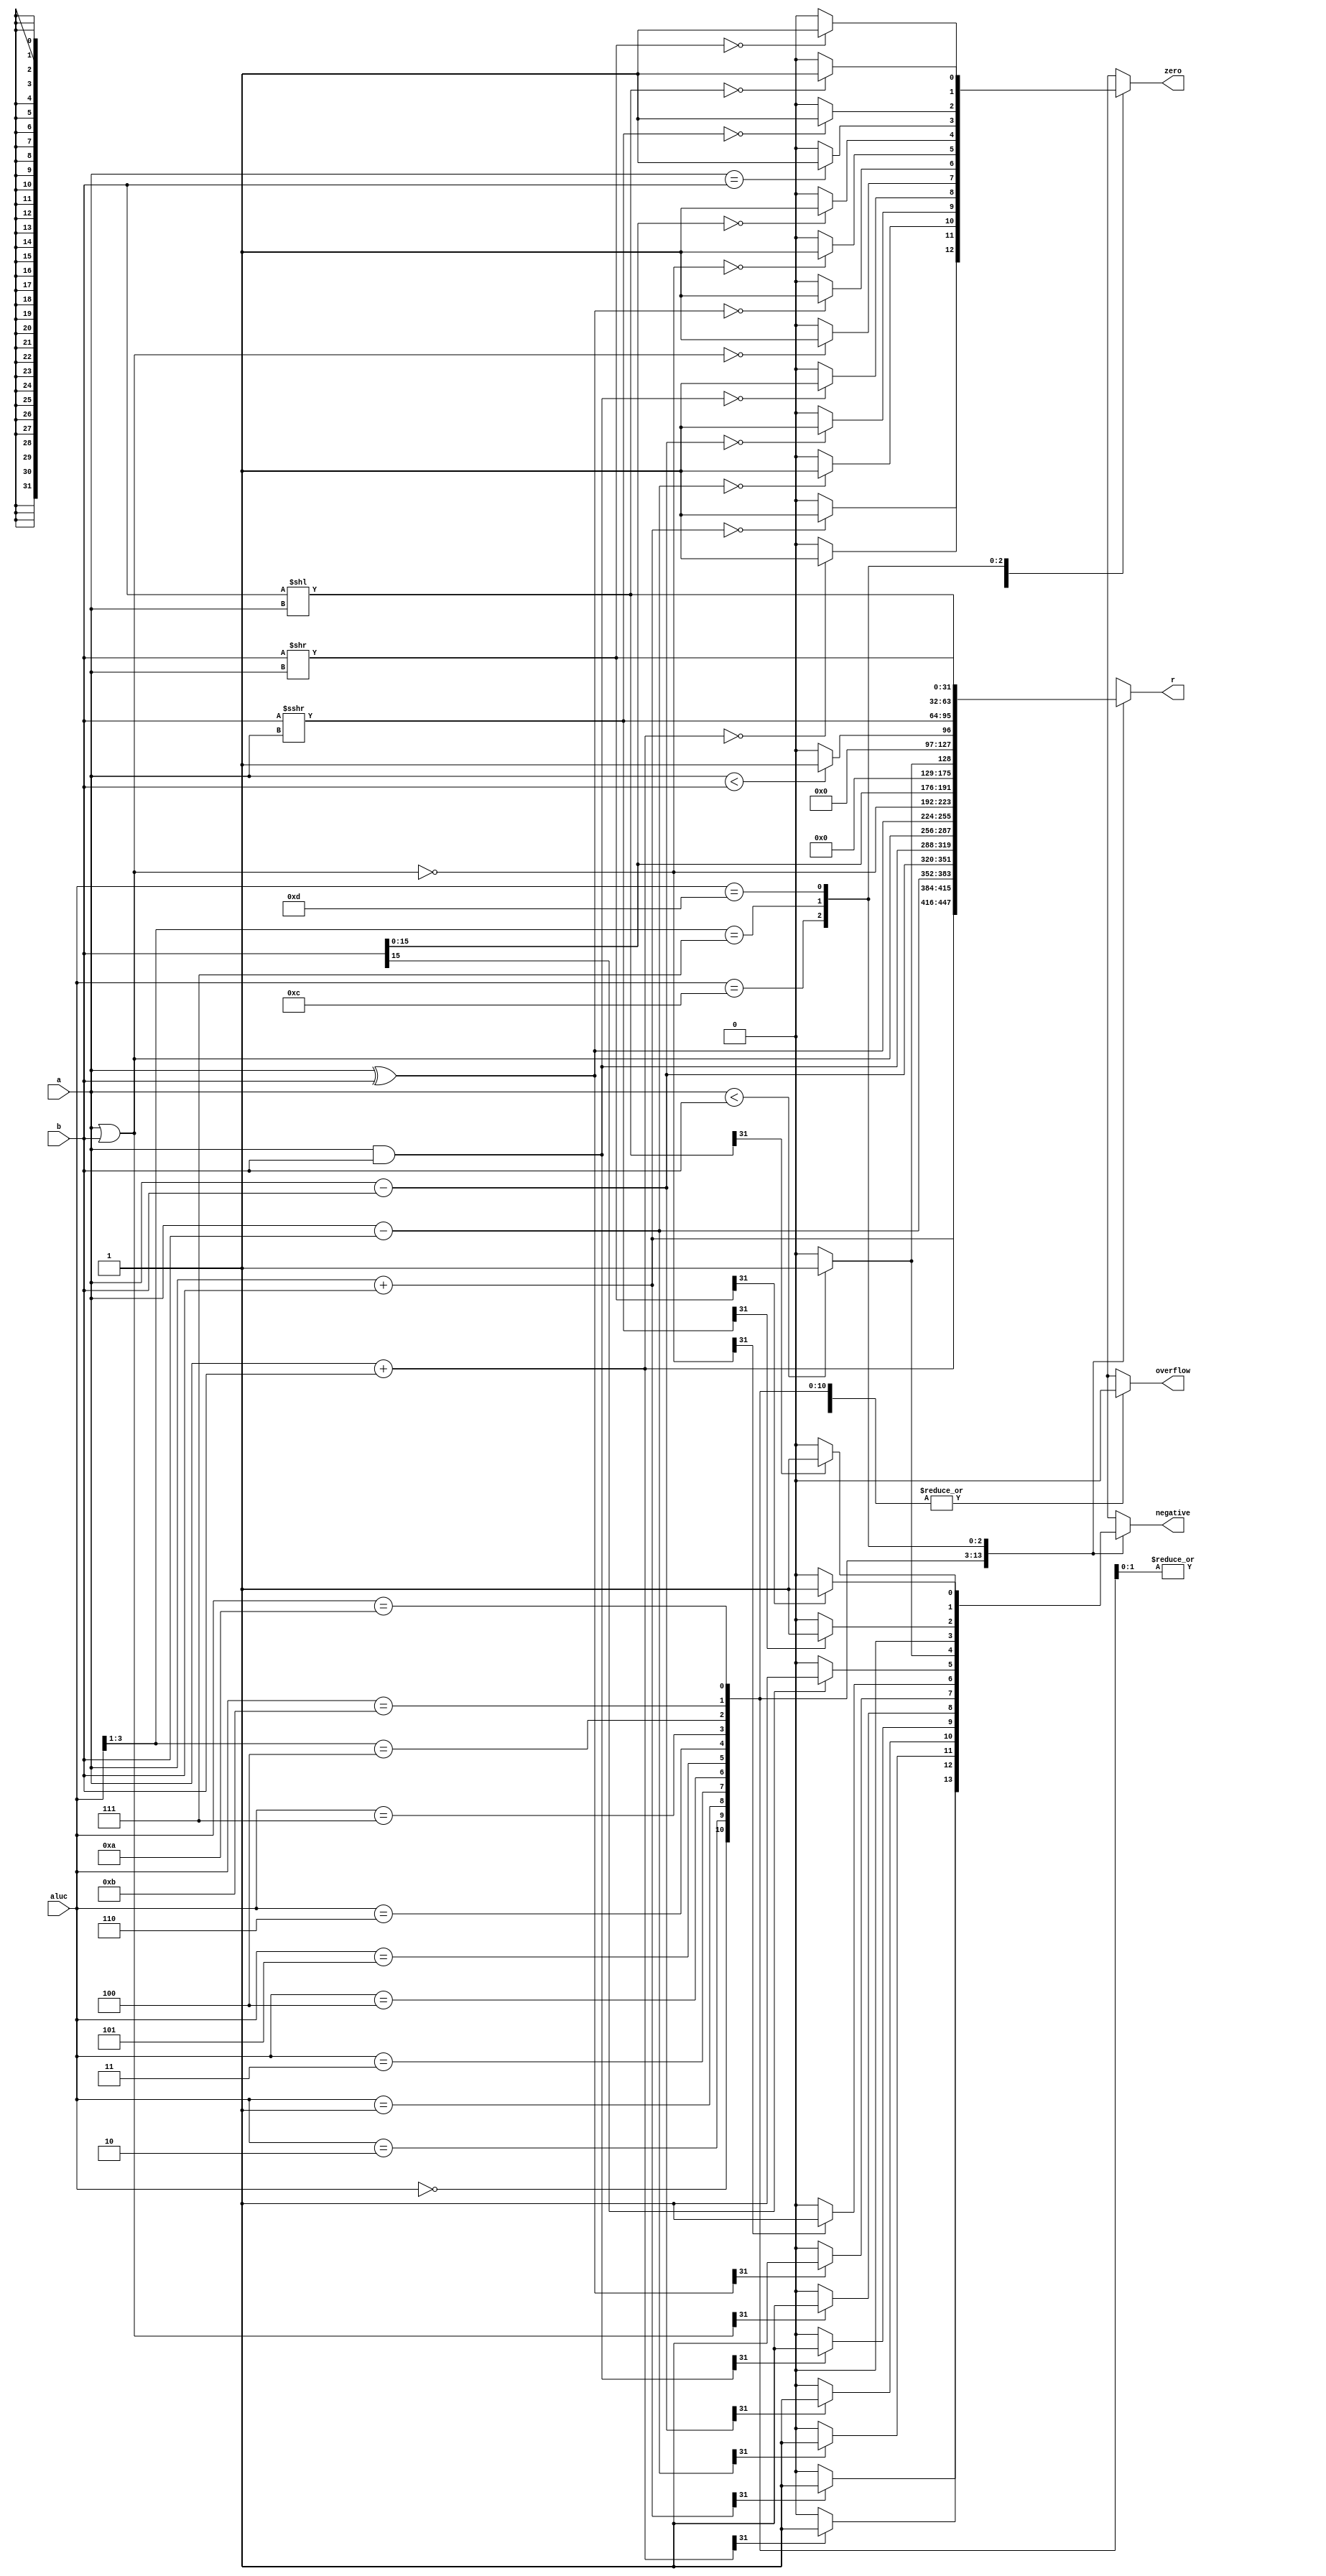
`timescale 1ns / 1ps
//////////////////////////////////////////////////////////////////////////////////
// Company: 
// Engineer: 
// 
// Design Name: 
// Module Name: alu
// Project Name: 
// Target Devices: 
// Tool Versions: 
// Description: 
// 
// Dependencies: 
// 
// Revision:
// Revision 0.01 - File Created
// Additional Comments:
// 
//////////////////////////////////////////////////////////////////////////////////


module alu(a, b, aluc, r, zero/*, carry*/, negative, overflow);
    input [31 : 0]a;//321
    input [31 : 0]b;//322
    input [3 : 0]aluc;//4alu
    output [31 : 0]r;//32abaluc
    output zero;//0
    //output carry;//
    output negative;//
    output overflow;//
    
    reg [31:0]r;
    reg zero;
    reg carry;
    reg negative;
    reg overflow;
    reg signed [31 : 0]sa;
    reg signed [31 : 0]sb;
    reg signed [31 : 0]sr;
    always @ (a, b, aluc)
    begin
        sa = a;
        sb = b;
        casex(aluc)//alu
            4'b0000://
                begin
                    r = a + b;
                    zero = (r == 32'b0) ? 1 : 0;//01
                    //carry = ((a[31] == 1) || (b[31] == 1) && (r[31] == 0)) ? 1 : 0;//10
                    negative = (r[31] == 1) ? 1 : 0;//11
                    overflow=1'b0;
                end
            4'b0010://
                begin
                    sr = sa + sb;
                    r = sr;
                    zero = (r == 32'b0) ? 1 : 0;//01
                    negative = (r[31] == 1) ? 1 : 0;//11
                    //overflow = ((a[31] == b[31]) && (a[31] != r[31])) ? 1 : 0;//1
                    overflow = 1'b0;
                end
            4'b0001://
                begin
                    r = a - b;
                    zero = (r == 32'b0) ? 1 : 0;//01
                    //carry = (a < b) ? 1 : 0;
                    negative = (r[31] == 1) ? 1 : 0;//11
                    overflow=1'b0;
                end
            4'b0011://
                begin
                    sr = sa -sb;
                    r = sr;
                    zero = (r == 32'b0) ? 1 : 0;//01
                    negative = (r[31] == 1) ? 1 : 0;//11
                    //overflow = ((a[31] != b[31]) && (a[31] != r[31])) ? 1 : 0;//1
                    overflow = 1'b0;
                end
            4'b0100://
                begin
                    r = a & b;
                    zero = (r == 32'b0) ? 1 : 0;//01
                    negative = (r[31] == 1) ? 1 : 0;//11
                    overflow=1'b0;
                end
            4'b0101://
                begin
                    r = a | b;
                    zero = (r == 32'b0) ? 1 : 0;//01
                    negative = (r[31] == 1) ? 1 : 0;//11
                    overflow=1'b0;
                end
            4'b0110://
                begin
                    r = a ^ b;
                    zero = (r == 32'b0) ? 1 : 0;//01
                    negative = (r[31] == 1) ? 1 : 0;//11
                    overflow=1'b0;
                end
            4'b0111://
                begin
                    r = ~(a | b);
                    zero = (r == 32'b0) ? 1 : 0;//01
                    negative = (r[31] == 1) ? 1 : 0;//11
                    overflow=1'b0;
                end
            4'b100x://
                begin
                    r = {b[15:0], 16'b0};
                    zero = (r == 32'b0) ? 1 : 0;//01
                    negative = (r[31] == 1) ? 1 : 0;//11
                    overflow=1'b0;
                end
            4'b1011://
                begin
                    r = (sa < sb) ? 1 :0;
                    zero = (a == b) ? 1 : 0;//1
                    negative = (sa < sb) ? 1 :0;
                    overflow=1'b0;
                end
            4'b1010://
                begin
                    r = (a < b) ? 1 : 0;
                    zero = (a == b) ? 1 : 0;//1
                    //carry = (a < b) ? 1 : 0;
                    negative = (r[31] == 1) ? 1 : 0;//11
                    overflow=1'b0;
                end
            4'b1100://
                begin
                    sr = sb >>> sa;
                    r = sr;
                    zero = (r == 32'b0) ? 1 : 0;//01
                    //carry = b[a-1];//
                    negative = (r[31] == 1) ? 1 : 0;//11
                    overflow=1'b0;
                end
            4'b111x://
                begin
                    r = b << a;
                    zero = (r == 32'b0) ? 1 : 0;//01
                    carry = b[32-a];//
                    negative = (r[31] == 1) ? 1 : 0;//11
                    overflow=1'b0;
                end
            4'b1101://
                begin
                    r = b >> a;
                    zero = (r == 32'b0) ? 1 : 0;//01
                    //carry = b[a-1];//
                    negative = (r[31] == 1) ? 1 : 0;//11
                    overflow=1'b0;
                end
            default://
                begin
                    r = a + b;
                    zero = (r == 32'b0) ? 1 : 0;//01
                    //carry = ((a[31] == 1||b[31] ==1) && r[31] == 0) ? 1 : 0;//10
                    negative = (r[31] == 1) ? 1 : 0;//11
                    overflow=1'b0;
                end
        endcase
    end//of always
endmodule